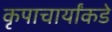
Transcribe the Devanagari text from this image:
कृपाचार्यांकडे